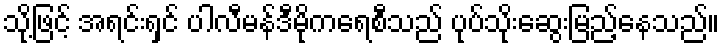
သို့ဖြင့် အရင်းရှင် ပါလီမန်ဒီမိုကရေစီသည် ပုပ်သိုးဆွေးမြည့်နေသည်။